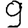
Digit: 9